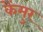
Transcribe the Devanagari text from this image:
केंमुर